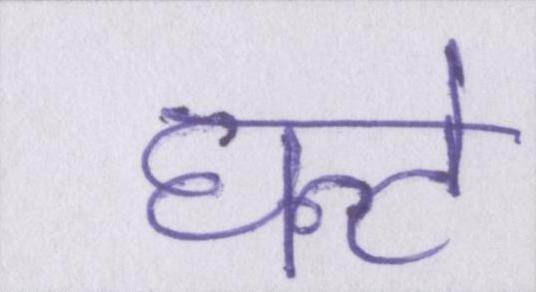
घन्टे